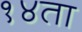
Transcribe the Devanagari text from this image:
१४ता